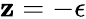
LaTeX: \mathbf{z}=-\epsilon